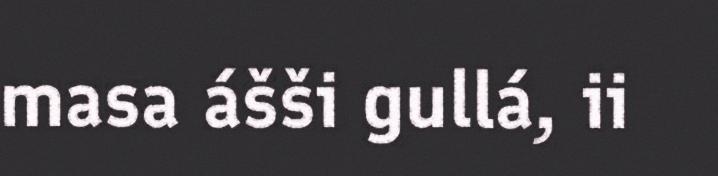
masa ášši gullá, ii